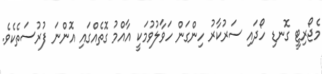
މެޖޯރިޓީ ގޮނޑި ހޯދައި ސަރުކާރު ހިންގަން ހަވާލުވުމަކީ އާއްމު ގޮތެއްގައި އޮންނަ ފުރުސަތެކެވެ.